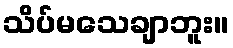
သိပ်မသေချာဘူး။